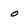
Character: 0